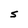
Character: S